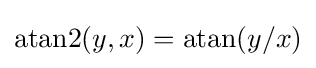
\operatorname {atan2} (y,x)=\operatorname {atan} (y/x)